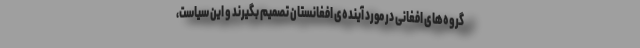
گروه‌های افغانی در مورد آینده‌ی افغانستان تصمیم بگیرند و این سیاست،